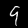
Digit: 9